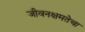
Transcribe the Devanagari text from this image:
जीवनक्षमतेचा